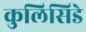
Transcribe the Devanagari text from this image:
कुलिसिडे